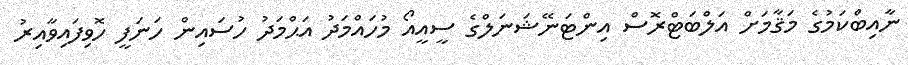
ނާއިބްކަމުގެ މަޤާމަށް އަލްބަޓްރޮސް އިންޓަނޭޝަނަލްގެ ސީއީއޯ މުހައްމަދު އަޙްމަދު ހުސައިން ހަނަފީ ހޮވިފައިވާއިރު